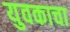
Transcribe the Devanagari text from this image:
युवकाचा